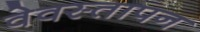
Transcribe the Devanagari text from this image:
वेवस्तापन